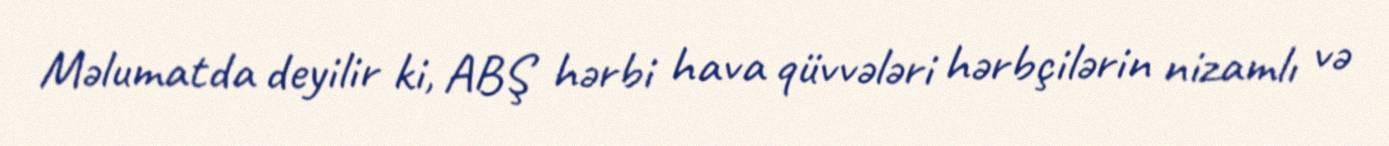
Məlumatda deyilir ki, ABŞ hərbi hava qüvvələri hərbçilərin nizamlı və